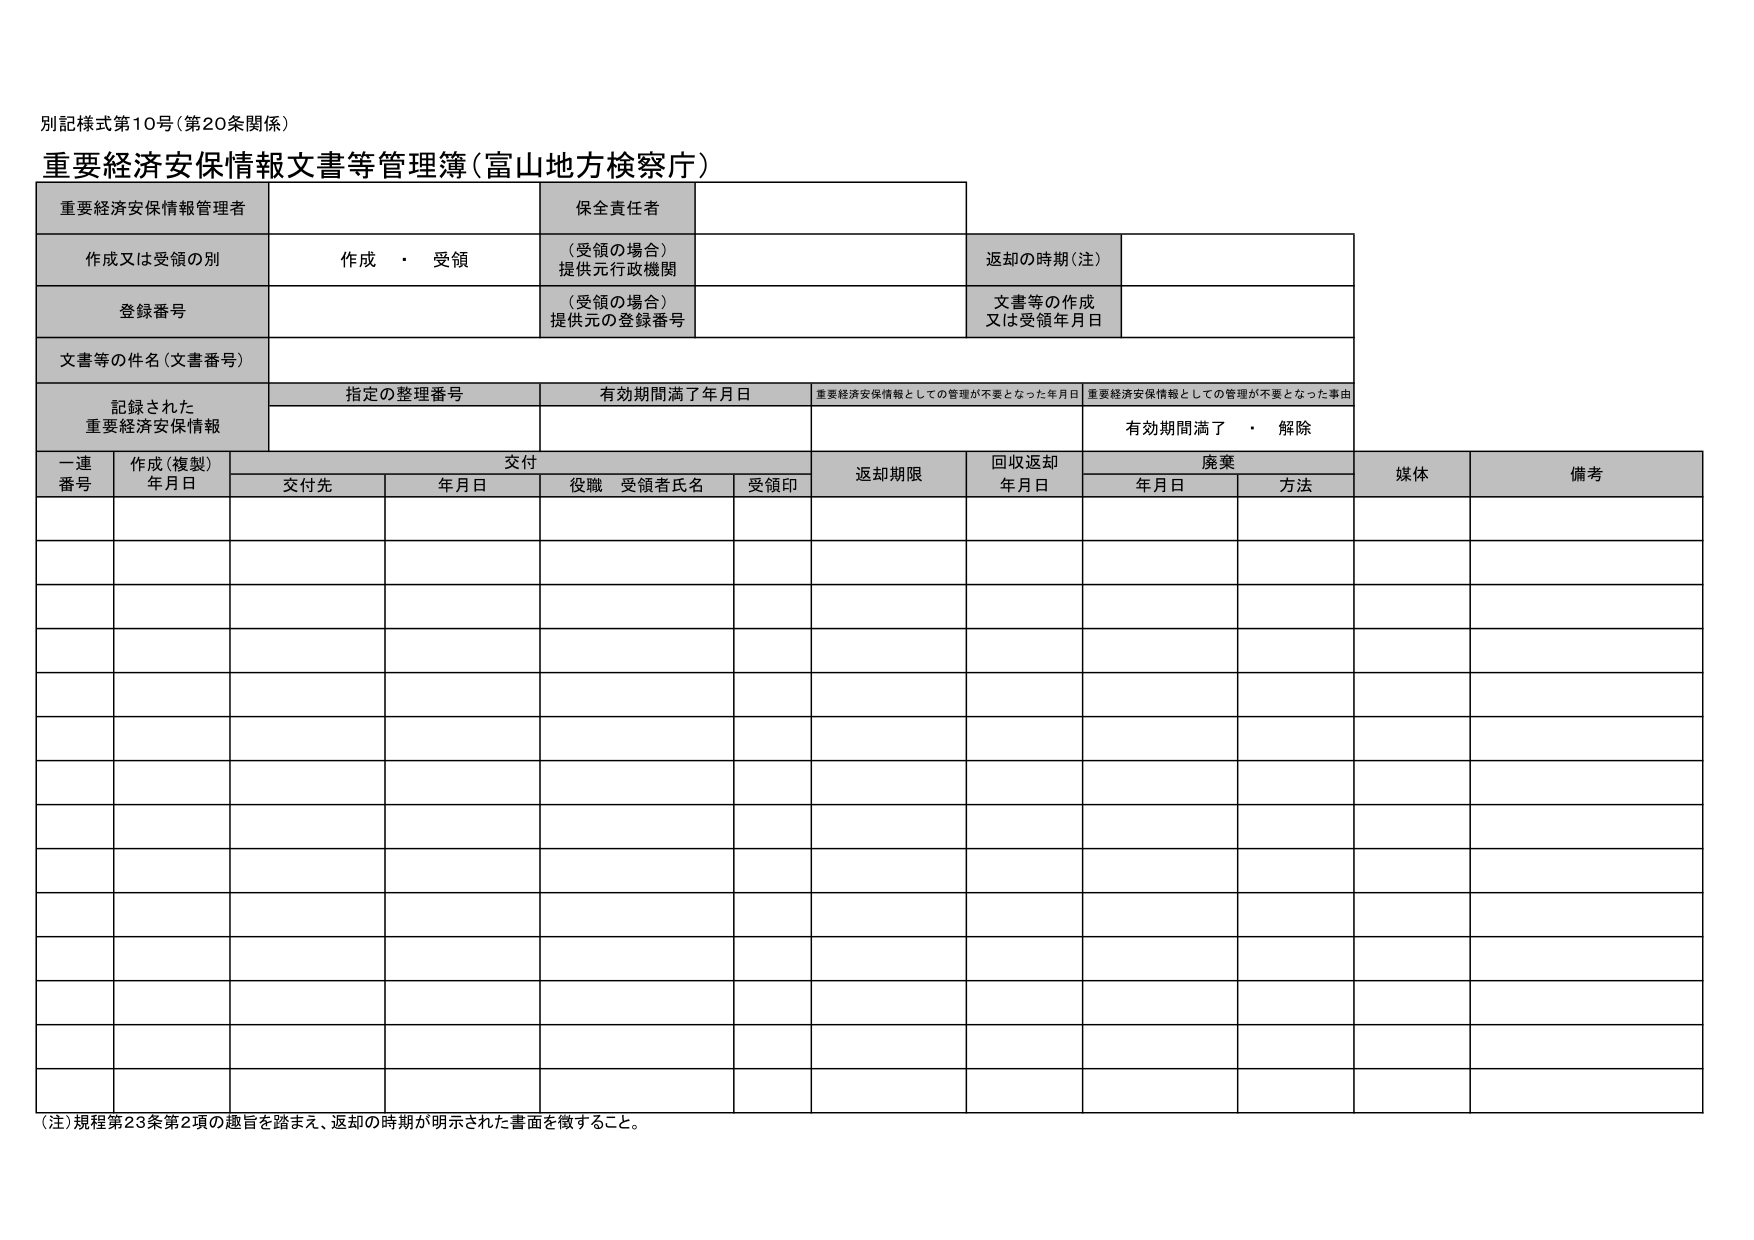
別記様式第10号（第20条関係）

重要経済安保情報文書等管理簿（富山地方検察庁）

重要経済安保情報管理者
保全責任者

作成又は受領の別
作成・受領
（受領の場合）
提供元行政機関
返却の時期（注）

登録番号
（受領の場合）
提供元の登録番号
文書等の作成
又は受領年月日

文書等の件名（文書番号）

記録された
重要経済安保情報
指定の整理番号
有効期間満了年月日
重要経済安保情報としての管理が不要となった年月日
重要経済安保情報としての管理が不要となった事由
有効期間満了・解除

一連
番号
作成（複製）
年月日
交付
返却期限
回収返却
年月日
廃棄
媒体
備考
交付先
年月日
役職 受領者氏名
受領印
年月日
方法

（注）規程第23条第2項の趣旨を踏まえ、返却の時期が明示された書面を徴すること。